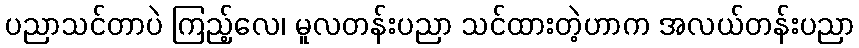
ပညာသင်တာပဲ ကြည့်လေ၊ မူလတန်းပညာ သင်ထားတဲ့ဟာက အလယ်တန်းပညာ